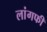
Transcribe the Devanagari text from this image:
लांगफी